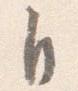
自